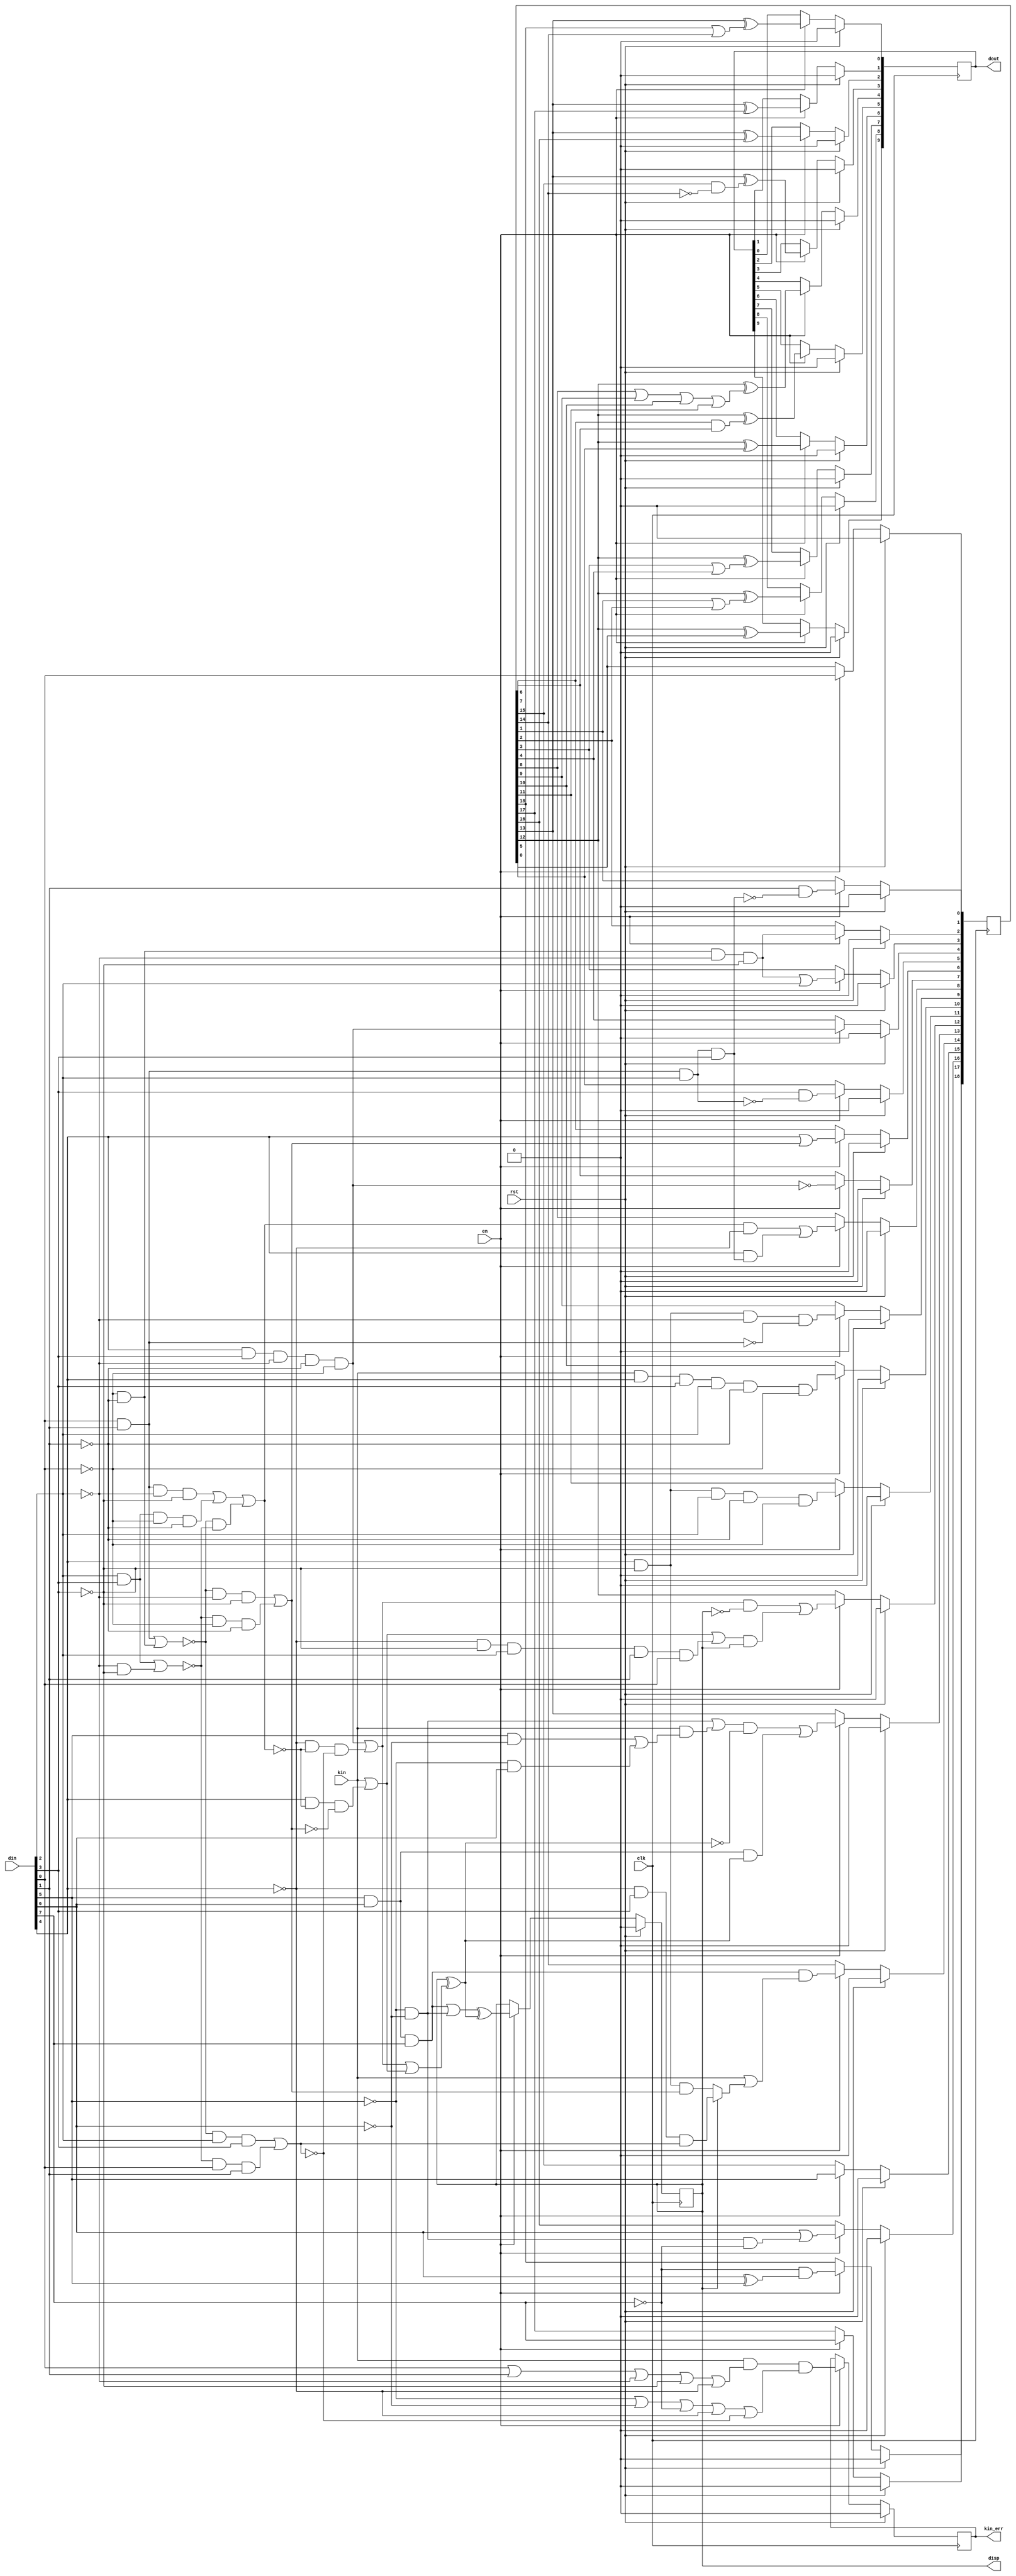
`timescale 1ns / 1ps
//////////////////////////////////////////////////////////////////////////////////
// Company: WTU
// 
// Design Name: 8B10B encoder
// Module Name: encoder_8b10
// Project Name: v8b10b
// Target Devices: KC705
// Tool Versions: Vivado 2019.2
// Description: 
// 
// Dependencies: 
// 
// Revision:
// Revision 0.01 - File Created
// Additional Comments:
// 
//////////////////////////////////////////////////////////////////////////////////

module encoder_8b10b
(
	input wire clk,
	input wire rst,
	input wire en,
	input wire kin,
	input wire [7:0]din,
	output wire [9:0]dout,
	output wire disp,
	output wire kin_err
);

reg p;
reg ke;
reg [18:0]t;
reg [9:0]do;
wire [7:0]d;
wire k;

assign d = din;
assign k = kin;

assign dout = do;
assign disp = p;
assign kin_err = ke;

always @(posedge clk) begin
	if (rst) begin
		p <= 1'b0;
		ke <= 1'b0;
		do <= 10'b0;
	end else begin
		if (en == 1'b1) begin
			p <= ((d[5]&d[6]&d[7])|(!d[5]&!d[6]))^(p^(((d[4]&d[3]&!d[2]&!d[1]&!d[0])|(!d[4]&!((d[0]&d[1]&!d[2]&!d[3])|(d[2]&d[3]&!d[0]&!d[1])|(!((d[0]&d[1])|(!d[0]&!d[1]))&!((d[2]&d[3])|(!d[2]&!d[3]))))&!((!((d[0]&d[1])|(!d[0]&!d[1]))&d[2]&d[3])|(!((d[2]&d[3])|(!d[2]&!d[3]))&d[0]&d[1]))))|(k|(d[4]&!((d[0]&d[1]&!d[2]&!d[3])|(d[2]&d[3]&!d[0]&!d[1])|(!((d[0]&d[1])|(!d[0]&!d[1]))&!((d[2]&d[3])|(!d[2]&!d[3]))))&!((!((d[0]&d[1])|(!d[0]&!d[1]))&!d[2]&!d[3])|(!((d[2]&d[3])|(!d[2]&!d[3]))&!d[0]&!d[1]))))));
			ke <= (k&(d[0]|d[1]|!d[2]|!d[3]|!d[4])&(!d[5]|!d[6]|!d[7]|!d[4]|!((!((d[0]&d[1])|(!d[0]&!d[1]))&d[2]&d[3])|(!((d[2]&d[3])|(!d[2]&!d[3]))&d[0]&d[1])))); 
			do[9] <= t[12]^t[0];
			do[8] <= t[12]^(t[1]|t[2]);
			do[7] <= t[12]^(t[3]|t[4]);
			do[6] <= t[12]^t[5];
			do[5] <= t[12]^(t[6]&t[7]);
			do[4] <= t[12]^(t[8]|t[9]|t[10]|t[11]);
			do[3] <= t[13]^(t[15]&!t[14]);
			do[2] <= t[13]^t[16];
			do[1] <= t[13]^t[17];
			do[0] <= t[13]^(t[18]|t[14]);
		end
	end
end
  
always @(posedge clk) begin
	if(rst) begin
		t <= 0;
	end else begin
		if (en == 1'b1) begin
			t[0] <= d[0];
			t[1] <= d[1]&!(d[0]&d[1]&d[2]&d[3]);
			t[2] <= (!d[0]&!d[1]&!d[2]&!d[3]);
			t[3] <= (!d[0]&!d[1]&!d[2]&!d[3])|d[2];
			t[4] <= d[4]&d[3]&!d[2]&!d[1]&!d[0];
			t[5] <= d[3]&!(d[0]&d[1]&d[2]);
			t[6] <= d[4]|((!((d[0]&d[1])|(!d[0]&!d[1]))&!d[2]&!d[3])|(!((d[2]&d[3])|(!d[2]&!d[3]))&!d[0]&!d[1]));
			t[7] <= !(d[4]&d[3]&!d[2]&!d[1]&!d[0]);
			t[8] <= (((d[0]&d[1]&!d[2]&!d[3])|(d[2]&d[3]&!d[0]&!d[1])|(!((d[0]&d[1])|(!d[0]&!d[1]))&!((d[2]&d[3])|(!d[2]&!d[3]))))&!d[4])|(d[4]&(d[0]&d[1]&d[2]&d[3]));
			t[9] <= d[4]&!d[3]&!d[2]&!(d[0]&d[1]);
			t[10] <= k&d[4]&d[3]&d[2]&!d[1]&!d[0];
			t[11] <= d[4]&!d[3]&d[2]&!d[1]&!d[0];
			t[12] <= (((d[4]&d[3]&!d[2]&!d[1]&!d[0])|(!d[4]&!((d[0]&d[1]&!d[2]&!d[3])|(d[2]&d[3]&!d[0]&!d[1])|(!((d[0]&d[1])|(!d[0]&!d[1]))&!((d[2]&d[3])|(!d[2]&!d[3]))))&!((!((d[0]&d[1])|(!d[0]&!d[1]))&d[2]&d[3])|(!((d[2]&d[3])|(!d[2]&!d[3]))&d[0]&d[1]))))&!p)|((k|(d[4]&!((d[0]&d[1]&!d[2]&!d[3])|(d[2]&d[3]&!d[0]&!d[1])|(!((d[0]&d[1])|(!d[0]&!d[1]))&!((d[2]&d[3])|(!d[2]&!d[3]))))&!((!((d[0]&d[1])|(!d[0]&!d[1]))&!d[2]&!d[3])|(!((d[2]&d[3])|(!d[2]&!d[3]))&!d[0]&!d[1])))|(!d[4]&!d[3]&d[2]&d[1]&d[0]))&p);
			t[13] <= (((!d[5]&!d[6])|(k&((d[5]&!d[6])|(!d[5]&d[6]))))&!(p^(((d[4]&d[3]&!d[2]&!d[1]&!d[0])|(!d[4]&!((d[0]&d[1]&!d[2]&!d[3])|(d[2]&d[3]&!d[0]&!d[1])|(!((d[0]&d[1])|(!d[0]&!d[1]))&!((d[2]&d[3])|(!d[2]&!d[3]))))&!((!((d[0]&d[1])|(!d[0]&!d[1]))&d[2]&d[3])|(!((d[2]&d[3])|(!d[2]&!d[3]))&d[0]&d[1]))))|(k|(d[4]&!((d[0]&d[1]&!d[2]&!d[3])|(d[2]&d[3]&!d[0]&!d[1])|(!((d[0]&d[1])|(!d[0]&!d[1]))&!((d[2]&d[3])|(!d[2]&!d[3]))))&!((!((d[0]&d[1])|(!d[0]&!d[1]))&!d[2]&!d[3])|(!((d[2]&d[3])|(!d[2]&!d[3]))&!d[0]&!d[1])))))))|((d[5]&d[6])&(p^(((d[4]&d[3]&!d[2]&!d[1]&!d[0])|(!d[4]&!((d[0]&d[1]&!d[2]&!d[3])|(d[2]&d[3]&!d[0]&!d[1])|(!((d[0]&d[1])|(!d[0]&!d[1]))&!((d[2]&d[3])|(!d[2]&!d[3]))))&!((!((d[0]&d[1])|(!d[0]&!d[1]))&d[2]&d[3])|(!((d[2]&d[3])|(!d[2]&!d[3]))&d[0]&d[1]))))|(k|(d[4]&!((d[0]&d[1]&!d[2]&!d[3])|(d[2]&d[3]&!d[0]&!d[1])|(!((d[0]&d[1])|(!d[0]&!d[1]))&!((d[2]&d[3])|(!d[2]&!d[3]))))&!((!((d[0]&d[1])|(!d[0]&!d[1]))&!d[2]&!d[3])|(!((d[2]&d[3])|(!d[2]&!d[3]))&!d[0]&!d[1])))))));
			t[14] <= d[5]&d[6]&d[7]&(k|(p?(!d[4]&d[3]&((!((d[0]&d[1])|(!d[0]&!d[1]))&d[2]&d[3])|(!((d[2]&d[3])|(!d[2]&!d[3]))&d[0]&d[1]))):(d[4]&!d[3]&((!((d[0]&d[1])|(!d[0]&!d[1]))&!d[2]&!d[3])|(!((d[2]&d[3])|(!d[2]&!d[3]))&!d[0]&!d[1])))));
			t[15] <= d[5];
			t[16] <= d[6]|(!d[5]&!d[6]&!d[7]);
			t[17] <= d[7];
			t[18] <= !d[7]&(d[6]^d[5]);
		end
	end
end

endmodule